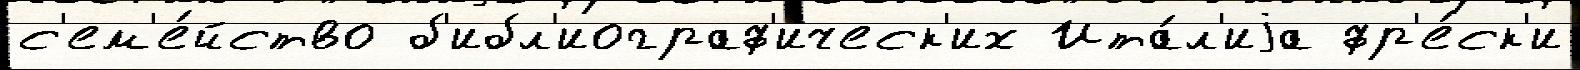
с'ем'е́йство б'ибл'иограф'ическ'их Ита́л'иjа фр'е́ск'и